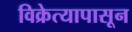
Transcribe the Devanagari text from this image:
विक्रेत्यापासून